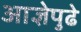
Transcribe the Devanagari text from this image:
आज्ञेपुढे